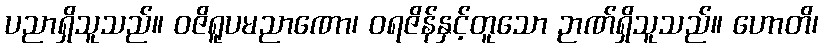
ပညာရှိသူသည်။ ဝဇိရူပမညာဏော၊ ဝရဇိန်နှင့်တူသော ဉာဏ်ရှိသူသည်။ ဟောတိ၊